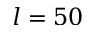
l = 5 0